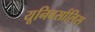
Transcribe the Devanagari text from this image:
यूनिवर्सालिस